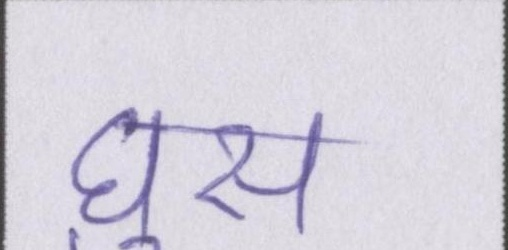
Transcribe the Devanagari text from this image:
घुस